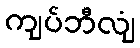
ကျပ်ဘီလျံ